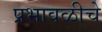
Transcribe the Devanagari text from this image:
प्रभावळीचे